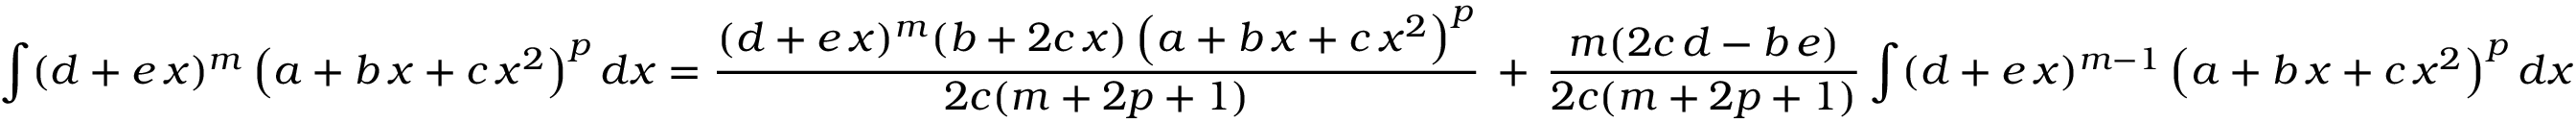
\int ( d + e \, x ) ^ { m } \left( a + b \, x + c \, x ^ { 2 } \right) ^ { p } d x = { \frac { ( d + e \, x ) ^ { m } ( b + 2 c \, x ) \left( a + b \, x + c \, x ^ { 2 } \right) ^ { p } } { 2 c ( m + 2 p + 1 ) } } \, + \, { \frac { m ( 2 c \, d - b \, e ) } { 2 c ( m + 2 p + 1 ) } } \int ( d + e \, x ) ^ { m - 1 } \left( a + b \, x + c \, x ^ { 2 } \right) ^ { p } d x